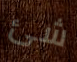
شئ